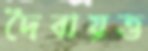
দৈবায়ত্ত